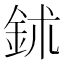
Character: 鉥